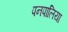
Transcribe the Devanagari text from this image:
पनपालिया